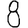
Digit: 8